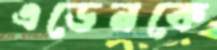
এডেনকে